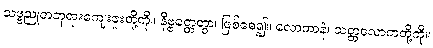
သဗ္ဗညုတဘုရားကျေးဇူးတို့ကို။ နိဗ္ဗတ္တေတွာ၊ ဖြစ်စေ၍။ လောကာနံ၊ သတ္တလောကတို့ကို။